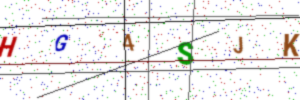
Text: HG4SJK